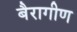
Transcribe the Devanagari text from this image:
बैरागीण